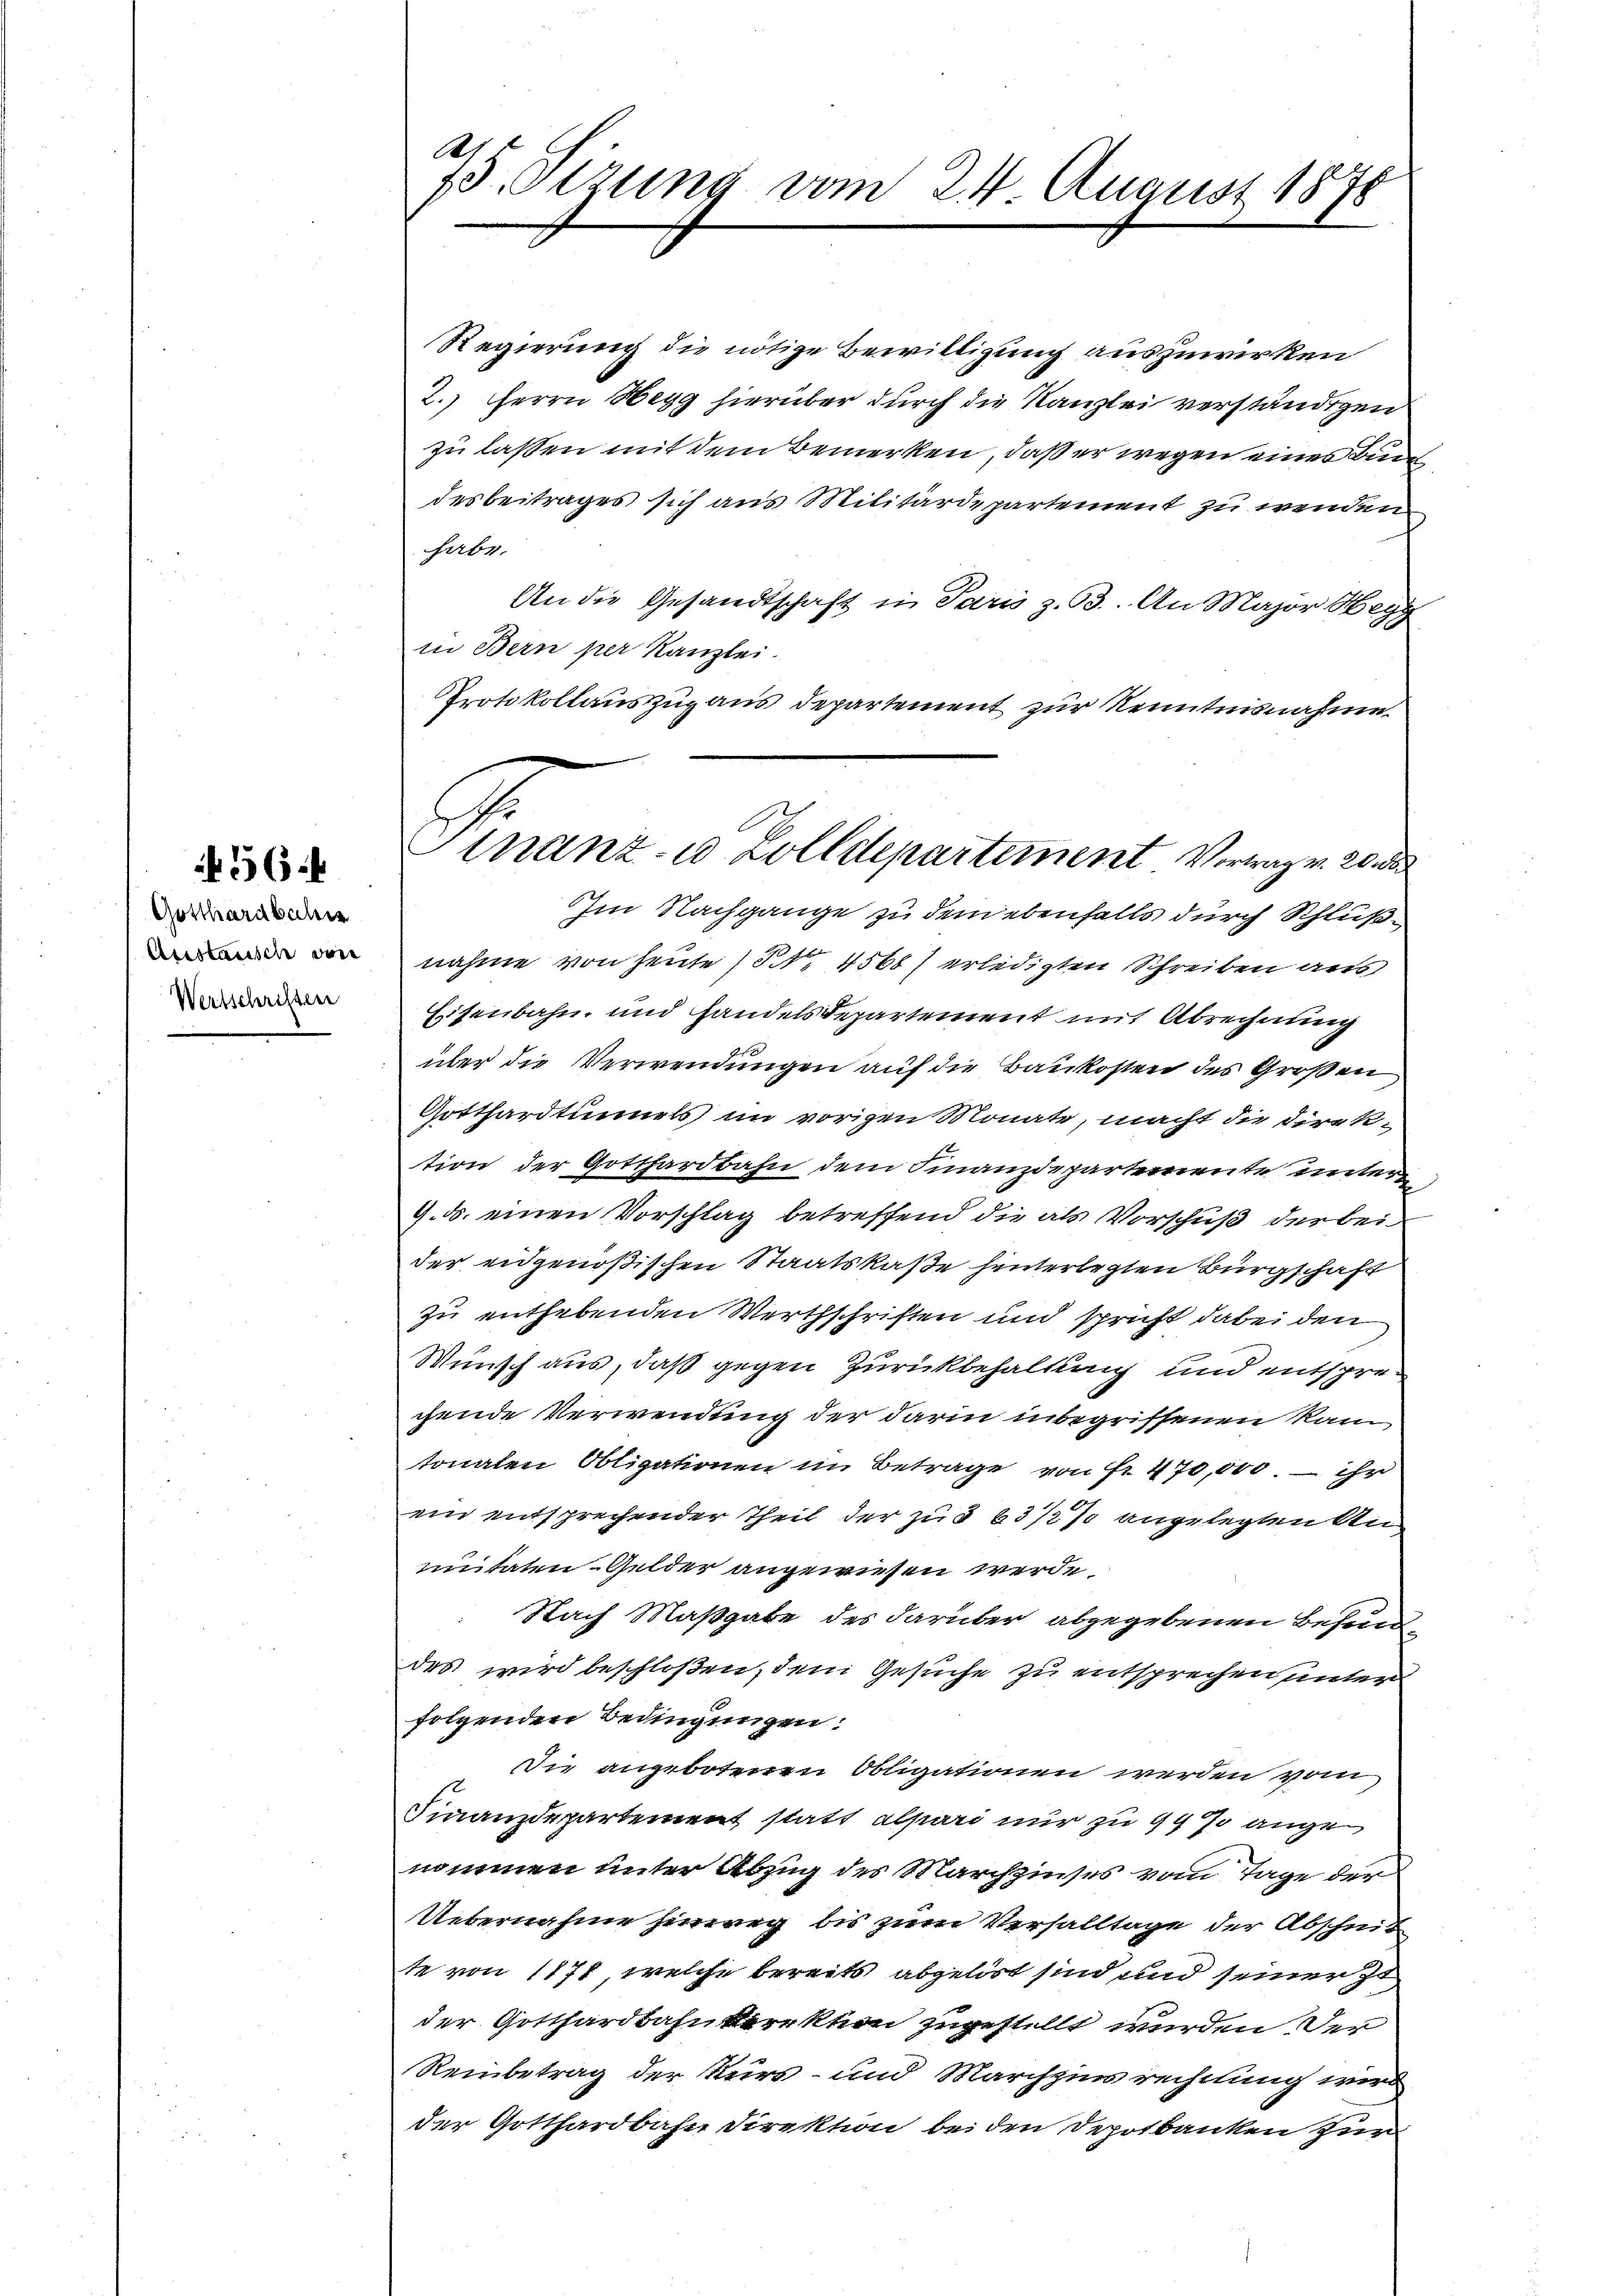
56

Gotthardbaches
Austausch von
Wertschriften

A.
15. Sizung vom 24. August 1878

Finanz- u. Zolldepartement Vortrag v. 20 de

Regierung die nötige Bewilligung auszuwirken
2.) Herrn Hesg hierüber durch die Kanzlei verständigen
zu lassen mit dem Bemerken, daß er wegen eines Bun
desbeitrages sich aus Militärdepartement zu wenden
habe.
An die Gesandtschaft in Paris z. 63. An Major Hegg
in Bern per Kanzlei.
Protokollauszug aus Departement zur Kenntnisnahme
Im Nachgange zu dem ebenfalls durch Schlußnahme von heute (S. 4560) erledigten Schreiben aus
Eisenbahn- und Handelsdepartement mit Abrechnung
über die Verwendungen auf die Baukosten des Großen
Gotthardtunnels im vorigen Monate, macht die Direktion der Gotthardbahn dem Finanzdepartemente unter
9. d. einen Vorschlag betreffend die als Vorschuß der bei
der eidgenößischen Staatskaße hinterlegten Bürgschaft
zu enthebenden Werthschriften und spricht dabei den
Wunsch aus, daß gegen Zurückbehaltung und entsprechende Verwendung der darin inbegriffenen kam
tonalen Obligationen in Betrage von Nr. 470,000. – ihr
ein entsprechender Theil der zu § 63 1/2 % angelegten An
unitaten-Gelder angewiesen werde.
Nach Maßgabe des darüber abgegebenen Besund
des wird beschloßen, dem Gesuche zu entsprechen unterfolgenden Bedingungen:
Die angebotenen Obligationen werden vom
Finanzdepartement statt alpari nur zu 99 so angenommen unter Abzug des Marchzinses vom Tage der
Uebernahme hinweg bis zum Verfalltage der Abschnit
te von 1871, welche bereits abgelöst sind und seiner zu
der Gotthardbahnkerrkten zugestellt wurden der
Reinbetrag der Kurs- und Marchzur rechnung wird
der Gotthardbahn Direktion bei den Depotbanken zur